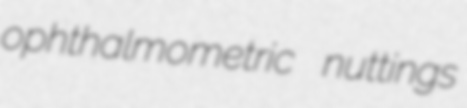
ophthalmometric nuttings